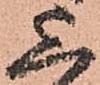
上